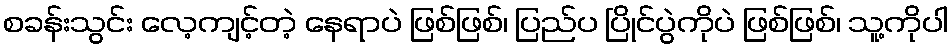
စခန်းသွင်း လေ့ကျင့်တဲ့ နေရာပဲ ဖြစ်ဖြစ်၊ ပြည်ပ ပြိုင်ပွဲကိုပဲ ဖြစ်ဖြစ်၊ သူ့ကိုပါ